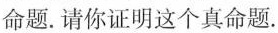
命题.请你证明这个真命题.